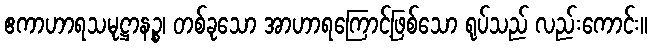
ဧကာဟာရသမုဋ္ဌာနဉ္စ၊ တစ်ခုသော အာဟာရကြောင့်ဖြစ်သော ရုပ်သည် လည်းကောင်း။